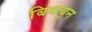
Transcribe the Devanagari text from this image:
बिथयून